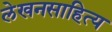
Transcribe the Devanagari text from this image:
लेखनसाहित्य